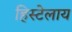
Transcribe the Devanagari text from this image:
हिस्टेलाय